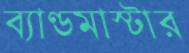
ব্যাণ্ডমাস্টার